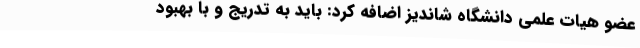
عضو هیات علمی دانشگاه شاندیز اضافه کرد: باید به تدریج و با بهبود